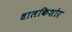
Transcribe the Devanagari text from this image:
धालकिशोर